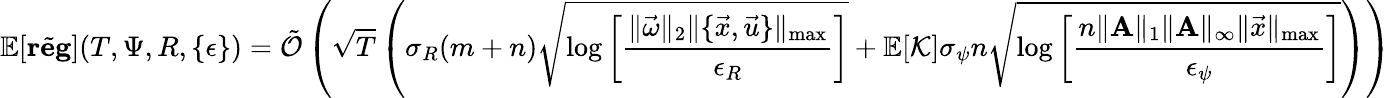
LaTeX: \mathbb{E}[\tilde{\mathbf{reg}}](T,\Psi,R,\{ \epsilon\} )=\tilde{\mathcal{O}}\left(\sqrt{T}\left(\sigma_{R}(m+n)\sqrt{\log\left[\frac{\| \vec{\omega}\| _{2}\| \{ \vec{x},\vec{u}\} \| _{\operatorname*{max}}}{\epsilon_{R}}\right]}+\mathbb{E}[\mathcal{K}]\sigma_{\psi}n\sqrt{\log\left[\frac{n\| \mathbf{A}\| _{1}\| \mathbf{A}\| _{\infty}\| \vec{x}\| _{\operatorname*{max}}}{\epsilon_{\psi}}\right]}\right)\right)